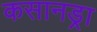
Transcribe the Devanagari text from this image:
कसानड्रा